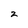
Character: z